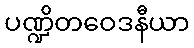
ပဏ္ဍိတဝေဒနီယာ